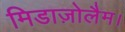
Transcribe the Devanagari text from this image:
मिडाज़ोलैम।